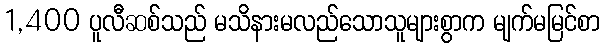
1,400 ပူလီဆစ်သည် မသိနားမလည်သောသူများစွာက မျက်မမြင်စာ